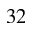
^ { 3 2 }